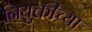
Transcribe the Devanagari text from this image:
नियुक्तीच्या